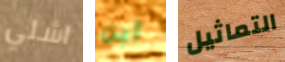
اشلي أين التماثيل